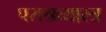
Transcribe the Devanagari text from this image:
पराश्रव्यास्त्र